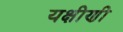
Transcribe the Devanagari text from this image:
यक्षीणी